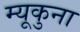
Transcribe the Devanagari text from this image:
म्यूकुना